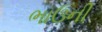
ભાઉની